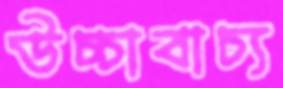
উচ্চাবাচ্য